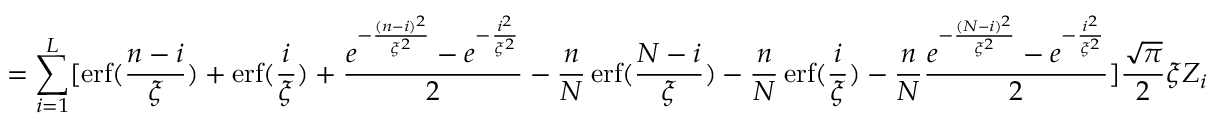
= \sum _ { i = 1 } ^ { L } [ \operatorname { e r f } ( \frac { n - i } { \xi } ) + \operatorname { e r f } ( \frac { i } { \xi } ) + \frac { e ^ { - \frac { ( n - i ) ^ { 2 } } { \xi ^ { 2 } } } - e ^ { - \frac { i ^ { 2 } } { \xi ^ { 2 } } } } { 2 } - \frac { n } { N } \operatorname { e r f } ( \frac { N - i } { \xi } ) - \frac { n } { N } \operatorname { e r f } ( \frac { i } { \xi } ) - \frac { n } { N } \frac { e ^ { - \frac { ( N - i ) ^ { 2 } } { \xi ^ { 2 } } } - e ^ { - \frac { i ^ { 2 } } { \xi ^ { 2 } } } } { 2 } ] \frac { \sqrt { \pi } } { 2 } \xi Z _ { i }